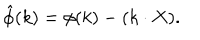
{ \hat { \phi } } ( k ) = \phi ( k ) - ( k \cdot X ) .